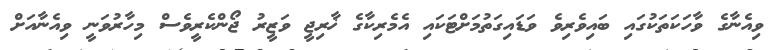
ވިއެނާގެ ވާހަކަތަކުގައި ބައިވެރިވެ ވަޑައިގަތުމަށްޓަކައި އެމެރިކާގެ ޚާރިޖީ ވަޒީރު ޖޯންކެރީވެސް މިހާރުވަނީ ވިއެނާއަށް